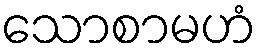
သောစာမဟံ